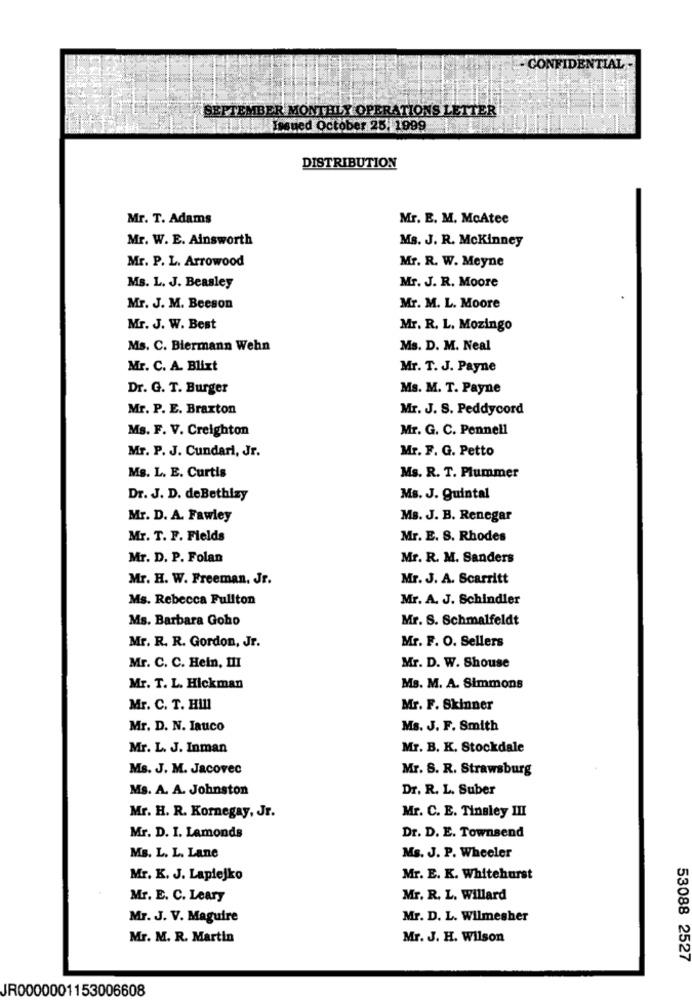
CONFIDENTIAL -
SEPTEMBER MONTHLY OPERATIONS LETTER
Issued October 25, 1999
DISTRIBUTION
Mr. T. Adams
Mr. E. M. McAtee
Mr. W. E. Ainsworth
Ms. J. R. Mckinney
Mr. P. L. Arrowood
Mr. R. W. Meyne
Mr. J. R. Moore
Ms. L. J. Beasley
Mr. J. M. Beeson
Mr. M. L. Moore
Mr. J. W. Best
Mr. R. L. Mozingo
Ms. C. Biermann Wehn
Ms. D. M. Neal
Mr. C. A. Blixt
Mr. T. J. Payne
Dr. G. T. Burger
Ms. M. T. Payne
Mr. P. E. Braxton
Mr. J. S. Peddycord
Ms. F. V. Creighton
Mr. G. C. Pennell
Mr. P. J. Cundari, Jr.
Mr. F. G. Petto
Ms. L. E. Curtis
Ms. R. T. Plummer
Dr. J. D. deBethizy
Ms. J. Quintal
Mr. D. A. Fawley
Ms. J. B. Renegar
Mr. T. F. Fields
Mr. E. S. Rhodes
Mr. D. P. Folan
Mr. R. M. Sanders
Mr. H. W. Freeman. Jr.
Mr. J. A. Scarritt
Ms. Rebecca Fullton
Mr. A. J. Schindler
Ms. Barbara Goho
Mr. S. Schmalfeldt
Mr. R. R. Gordon, Jr.
Mr. F. O. Sellers
Mr. C. C. Hein, III
Mr. D. W. Shouse
Mr. T. L. Hickman
Ms. M. A. Simmons
Mr. C. T. HIll
Mr. F. Skinner
Mr. D. N. Iauco
Ms. J. F. Smith
Mr. L. J. Inman
Mr. B. K. Stockdale
Ms. J. M. Jacovec
Mr. S. R. Strawsburg
Ms. A. A. Johnston
Dr. R. L. Suber
Mr. H. R. Kornegay, Jr.
Mr. C. E. Tinsley III
Dr. D. E. Townsend
Mr. D. I. Lamonds
Ms. L. L. Lane
Ms. J. P. Wheeler
Mr. K. J. Laplejko
Mr. E. K. Whitehurst
Mr. E. C. Leary
Mr. R. L. Willard
Mr. J. V. Maguire
Mr. D. L. Wilmesher
Mr. M. R. Martin
Mr. J. H. Wilson
53088 2527
JR0000001153006608